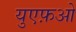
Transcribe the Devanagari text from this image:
युएफ़ओ